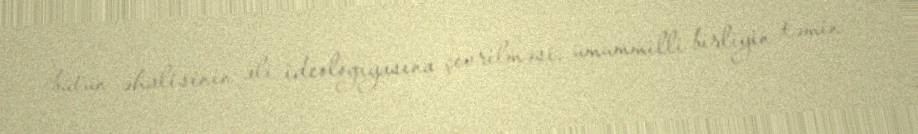
bütün əhalisinin ali ideologiyasına çevrilməsi, ümummilli birliyin təmin